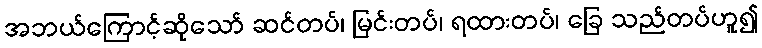
အဘယ်ကြောင့်ဆိုသော် ဆင်တပ်၊ မြင်းတပ်၊ ရထားတပ်၊ ခြေ သည်တပ်ဟူ၍